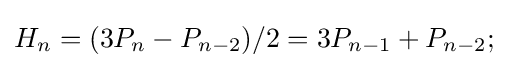
H_{n}=(3P_{n}-P_{n-2})/2=3P_{n-1}+P_{n-2};